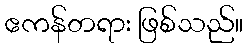
ဧကန်တရား ဖြစ်သည်။